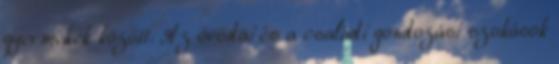
gyermekek között. Az óvodai és a családi gondozási szokások